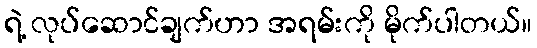
ရဲ့ လုပ်ဆောင်ချက်ဟာ အရမ်းကို မိုက်ပါတယ်။